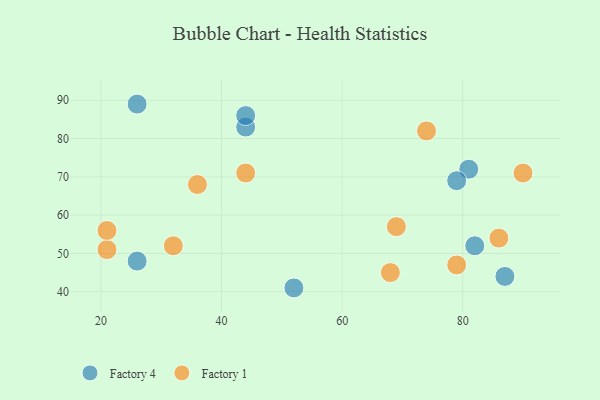
{"axis": {"x": "GDP", "y": "Life Expectancy"}, "legend": ["Factory 1", "Factory 4"], "data": [{"x": "44", "y": 83, "type": "Factory 4"}, {"x": "81", "y": 72, "type": "Factory 4"}, {"x": "26", "y": 48, "type": "Factory 4"}, {"x": "26", "y": 89, "type": "Factory 4"}, {"x": "44", "y": 86, "type": "Factory 4"}, {"x": "79", "y": 69, "type": "Factory 4"}, {"x": "52", "y": 41, "type": "Factory 4"}, {"x": "87", "y": 44, "type": "Factory 4"}, {"x": "82", "y": 52, "type": "Factory 4"}, {"x": "44", "y": 71, "type": "Factory 1"}, {"x": "69", "y": 57, "type": "Factory 1"}, {"x": "21", "y": 51, "type": "Factory 1"}, {"x": "21", "y": 56, "type": "Factory 1"}, {"x": "36", "y": 68, "type": "Factory 1"}, {"x": "32", "y": 52, "type": "Factory 1"}, {"x": "86", "y": 54, "type": "Factory 1"}, {"x": "74", "y": 82, "type": "Factory 1"}, {"x": "79", "y": 47, "type": "Factory 1"}, {"x": "68", "y": 45, "type": "Factory 1"}, {"x": "90", "y": 71, "type": "Factory 1"}]}